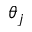
\theta _ { j }